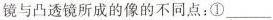
镜与凸透镜所成的像的不同点：①___